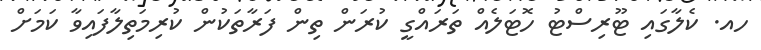
ހއ. ކެލާގައި ޓޫރިސްޓު ހޮޓަލެއް ތަރައްގީ ކުރަން ތިން ފަރާތަކުން ކުރިމަތިލާފައިވާ ކަމަށް